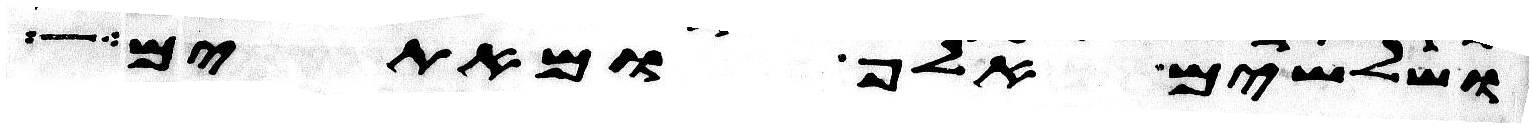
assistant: ושלשים אלף ומאתים